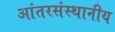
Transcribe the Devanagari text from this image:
आंतरसंस्थानीय